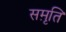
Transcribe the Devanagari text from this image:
सम़ृति